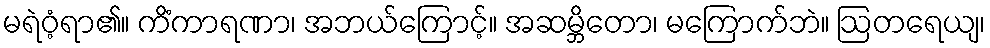
မရဲဝံ့ရာ၏။ ကိံကာရဏာ၊ အဘယ်ကြောင့်။ အဆမ္ဘိတော၊ မကြောက်ဘဲ။ ဩတရေယျ၊